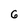
Character: 6